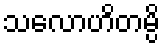
သလောဟိတမ္ပိ